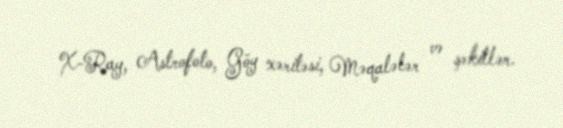
X-Ray, Astrofoto, Göy xəritəsi, Məqalələr və şəkillər.